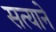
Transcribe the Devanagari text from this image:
सत्याने